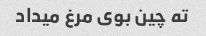
ته چین بوی مرغ میداد